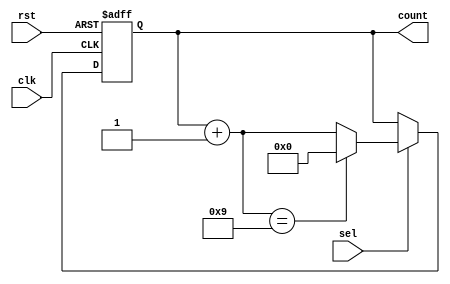
`timescale 1ns / 1ps
//////////////////////////////////////////////////////////////////////////////////
// Company: 
// Engineer: 
// 
// Design Name: 
// Module Name: bcd_counter
// Project Name: 
// Target Devices: 
// Tool Versions: 
// Description: 
// 
// Dependencies: 
// 
// Revision:
// Revision 0.01 - File Created
// Additional Comments:
// 
//////////////////////////////////////////////////////////////////////////////////


module bcd_counter(input clk,
    input rst,sel,
    output reg [3:0]count
);
always @(posedge clk or posedge rst) begin
    if (rst) begin
    count = 4'b0000;
    end else if(sel) begin
        count = (count+1);
       if(count == 4'b1001) begin
       count = 4'b0000;
       end
        end
        else if(sel) begin
        count = (count-1);
       if(count == 4'b1001) begin
       count = 4'b0000;
       end
    end
end
endmodule